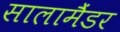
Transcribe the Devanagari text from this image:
सालामैंडर